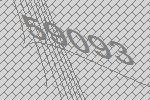
59093